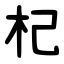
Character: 杞